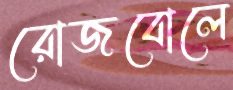
রোজবোলে